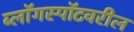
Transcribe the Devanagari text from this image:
ब्लॉगस्पॉटवरील